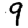
Digit: 9